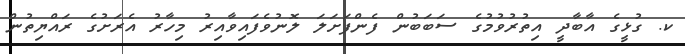
ކ. ގުޅީގެ އާބާދީ އިތުރުވުމުގެ ސަބަބުން ފެންފަށަލަ ލޮނުވެފައިވާއިރު މިހާރު އެރަށުގެ ރައްޔިތުން